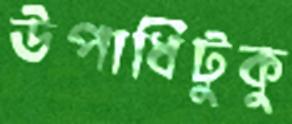
উপাধিটুকু